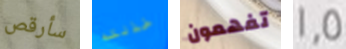
سأرقص خذلته تفهمون 1.5